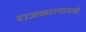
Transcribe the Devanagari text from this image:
राजकारनामध्ये